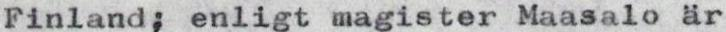
Finland; enligt magister Maasalo är